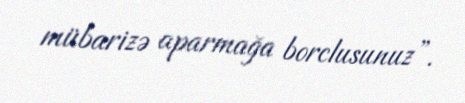
mübarizə aparmağa borclusunuz”.